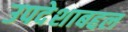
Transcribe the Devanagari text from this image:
उपदेशाबद्दल